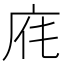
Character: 𢈄